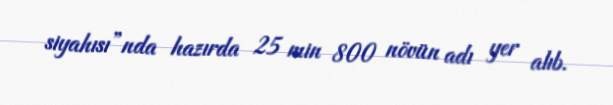
siyahısı”nda hazırda 25 min 800 növün adı yer alıb.